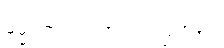
ဓမ္မဂုတ်။ ။ ဘာလုပ်ကြတုန်း။